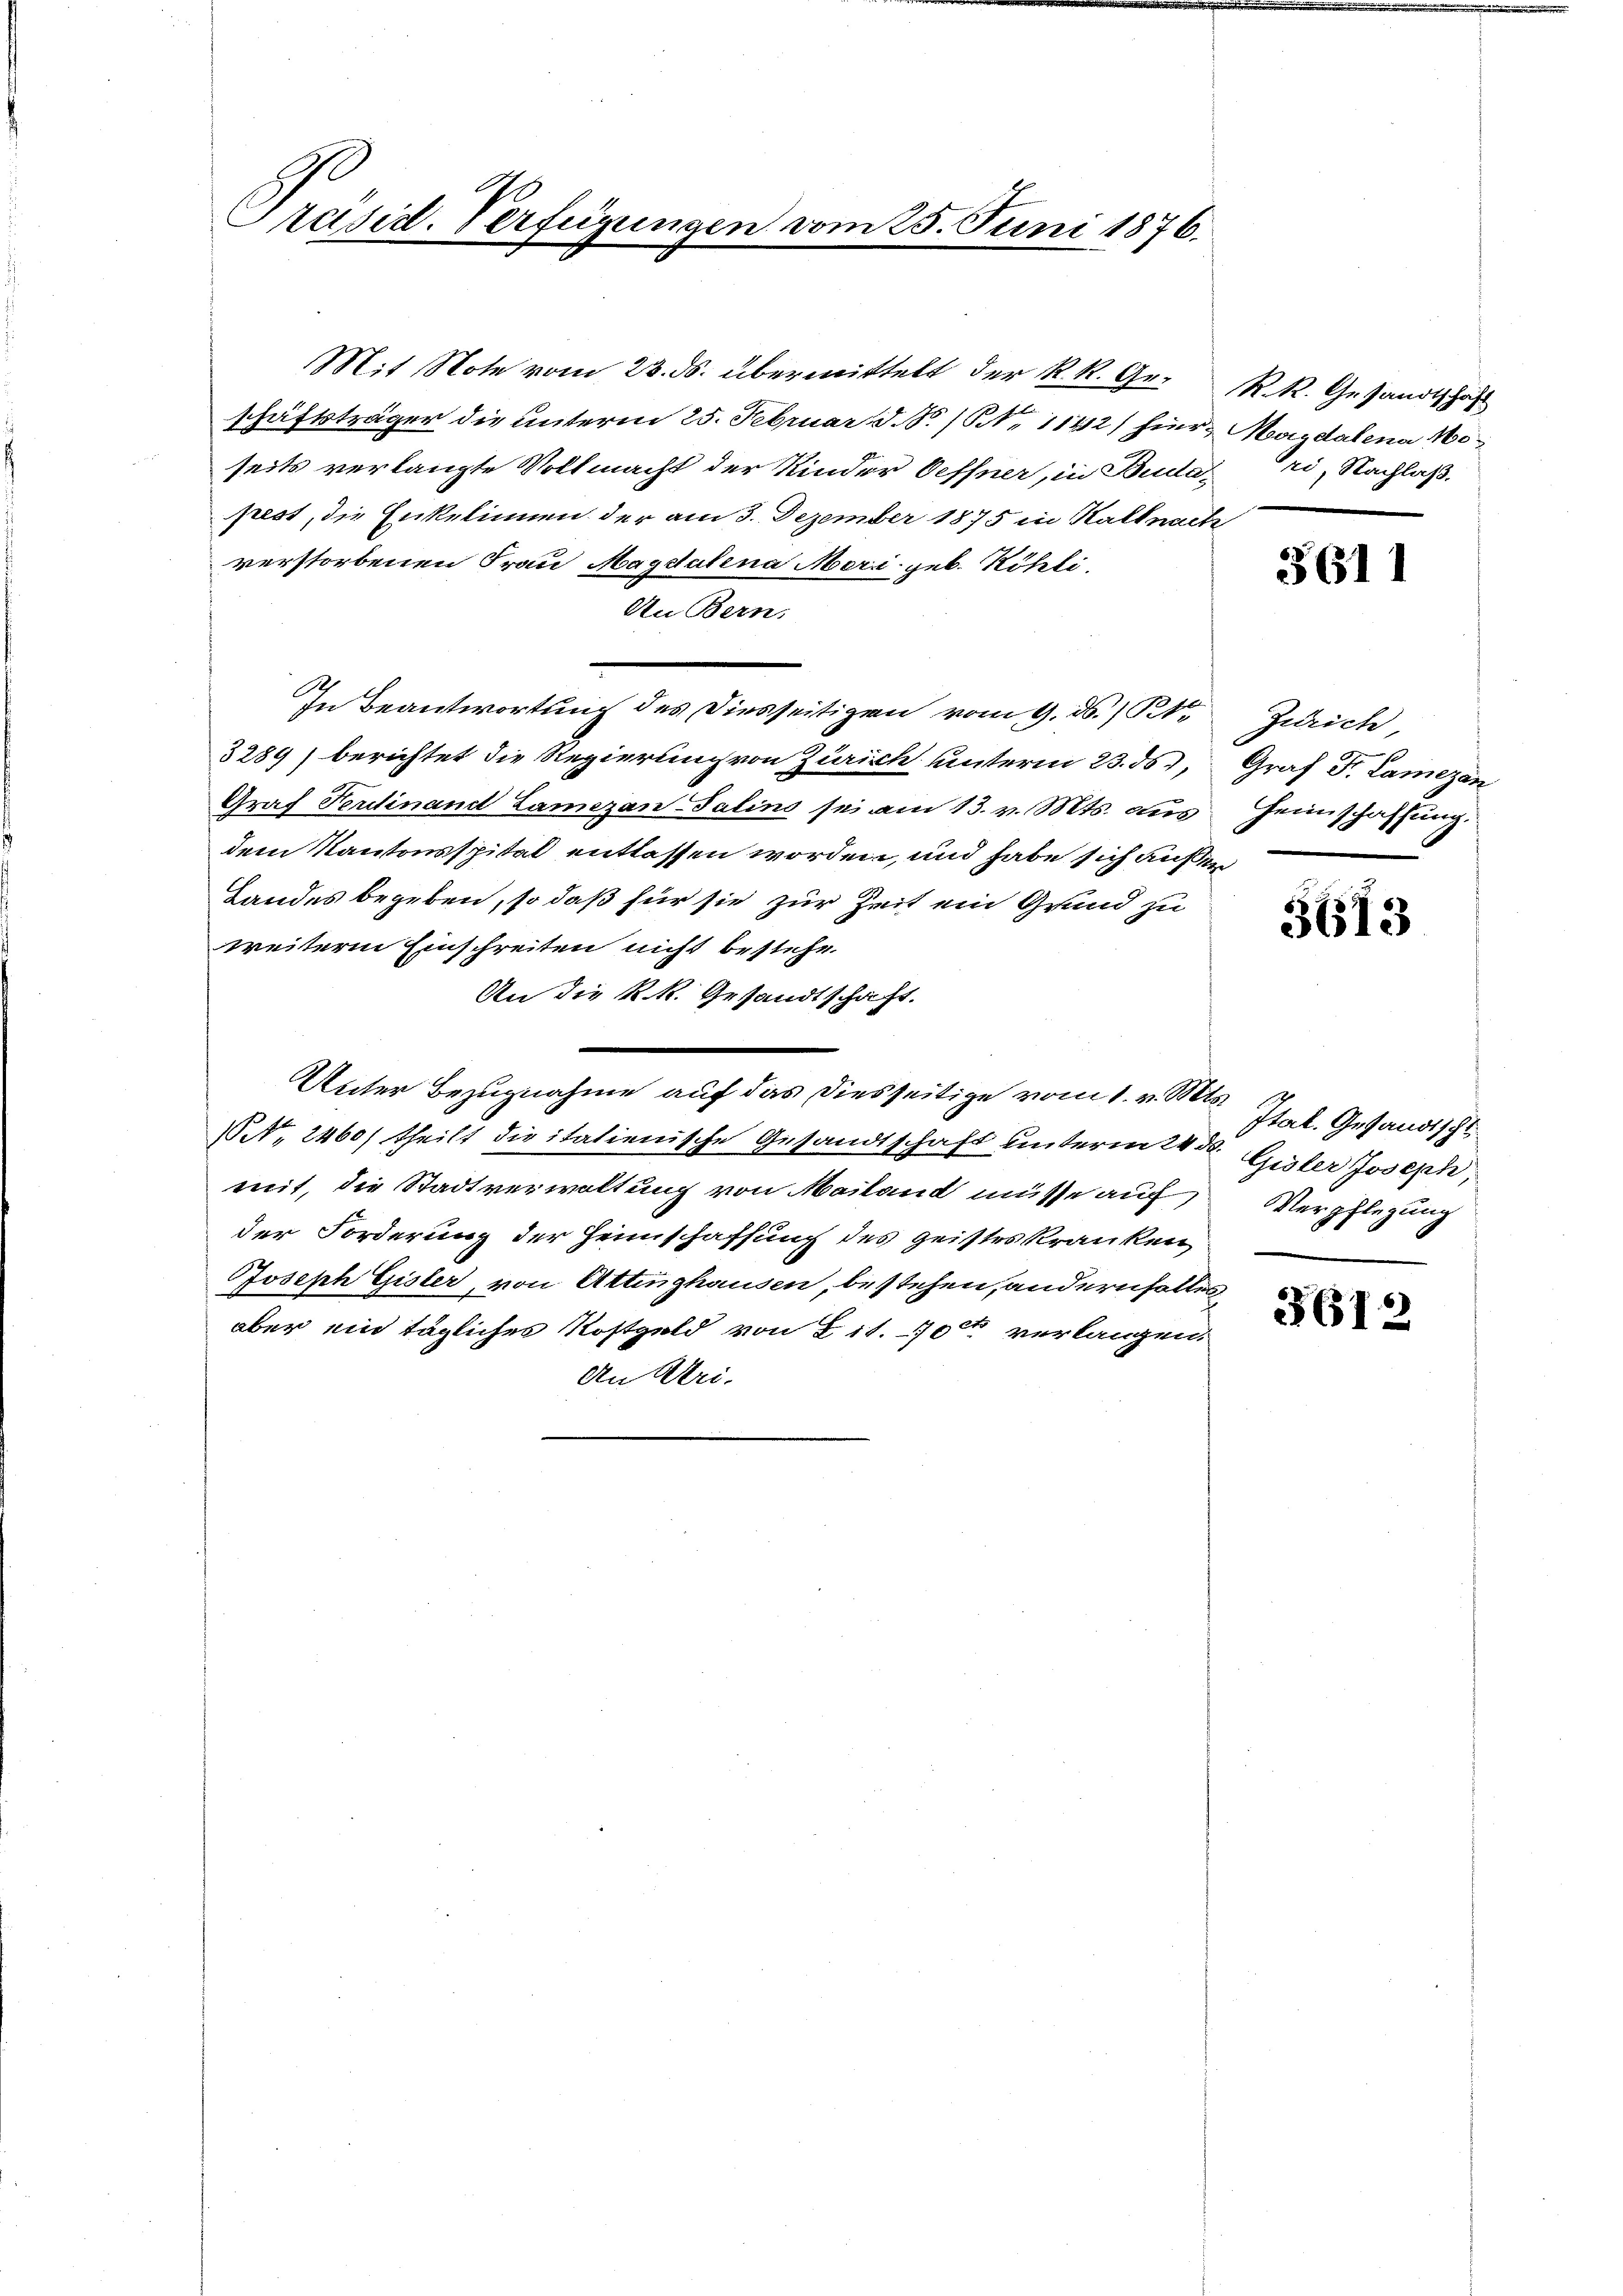
Präsist. Verfügungen vom 25. Juni 1876.

Mit Note vom 23. ds. übermittelt der K. R. Ge- R. R. Gesandtschaft
schäftsträger die unterm 25. Februar d. S. Nr. 1142) hier Magdalena 160
seits verlangte Vollmacht der Kinder Oeffner, in Buda-
pest, die Enkelinnen der am 3. Dezember 1875 in Halt nach
verstorbenen Frau Magdalena Meri. geb. Köhli
An Bern,
In Beantwortung des Diesseitigen vom 9. ds. R
3289) berichtet die Regierung von Zürich unterm 23. ds 1,
Graf Ferdinand Lanzan-Salins sei am 13. v. Mts. aus
dem Kantonsspital entlassen worden, und habe sich außer¬
Landes begeben, so daß für sie zur Zeit ein Grund zu
weiteren Einschreiten nicht bestehe.
An die k.k. Gesandtschaft.
.
Unter Bezugnahme auf das diesseitige vom 1. v. Mts.
t. 2460/ theilt die italienische Gesandtschaft unterm 24ten Gester Joseph,
mit, die Stadtverwaltung von Mailand müsse auf
der Forderung der Heimschaffung des geisteskranken,
Joseph Gisler, von Attinghausen, bestehen, andernfalles
aber ein tägliches Kostgeld von Tit. 100 verlangen.
An Uri-

ri, Nachlaß.

3611

Zürich
Graf Fr. Lamezan
Heimschaffung.

3613

Itak. Gesandtschl
Verpflegung

5612